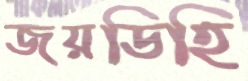
জয়ডিহি